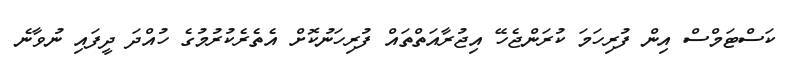
ކަސްޓަމްސް އިން ފުރިހަމަ ކުރަންޖެހޭ އިޖުރާއަތްތައް ފުރިހަނުކޮށް އެތެރެކުރުމުގެ ހުއްދަ ދީފައި ނުވާނެ